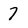
Character: 7